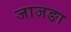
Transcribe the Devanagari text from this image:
जाजङा